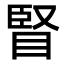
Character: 䁂